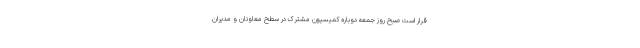
قرار است صبح روز جمعه دوباره کمیسیون مشترک در سطح معاونان و مدیران